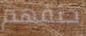
حتفهم